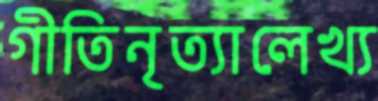
গীতিনৃত্যালেখ্য